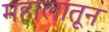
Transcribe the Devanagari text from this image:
महालातून